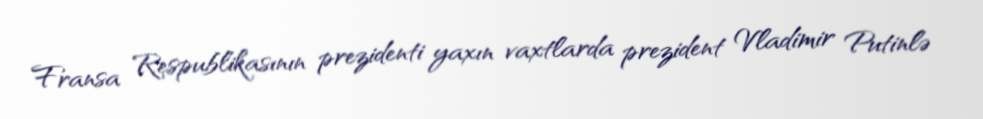
Fransa Respublikasının prezidenti yaxın vaxtlarda prezident Vladimir Putinlə